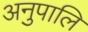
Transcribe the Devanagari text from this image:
अनुपालि